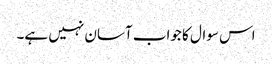
اس سوال کا جواب آسان نہیں ہے۔